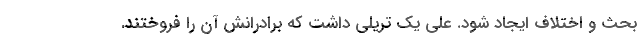
بحث و اختلاف ایجاد شود. علی یک تریلی داشت که برادرانش آن را فروختند.